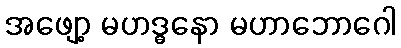
အဖျော့ မဟဒ္ဓနော မဟာဘောဂေါ